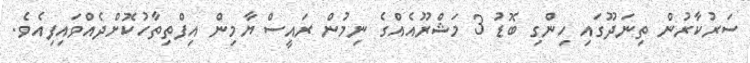
ސަރުކާރުން ތިނަދޫގައި ހިންގި ބޮޑު 3 މަޝްރޫއެއްގެ ނިމުން ރައީސް ޔާމިން އިފްތިތާހުކޮށްދެއްވައިފިއެވެ.